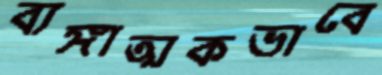
ব্যঙ্গাত্মকভাবে